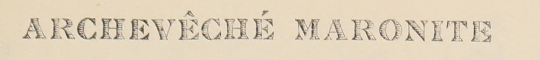
ARCHEVÊCHÉ MARONITE